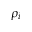
\rho _ { i }